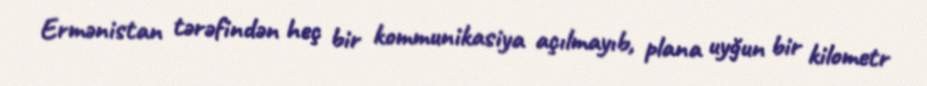
Ermənistan tərəfindən heç bir kommunikasiya açılmayıb, plana uyğun bir kilometr